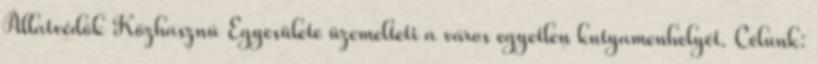
Állatvédők Közhasznú Egyesülete üzemelteti a város egyetlen kutyamenhelyét. Célunk: